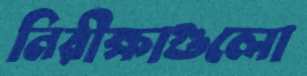
নিরীক্ষাগুলো